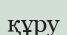
құру